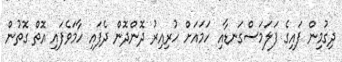
ދިގުމިން ފައިގެ ފަލަމަސްގަނޑާއި ހަމައަށް ހުރިއިރު ދޮންދޮން ދެފައި ހާމަވެފައި އޮތް ގޮތުން